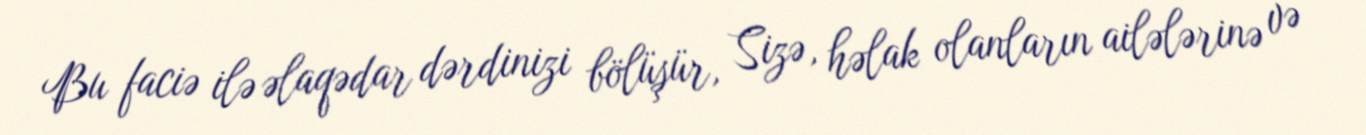
Bu faciə ilə əlaqədar dərdinizi bölüşür, Sizə, həlak olanların ailələrinə və